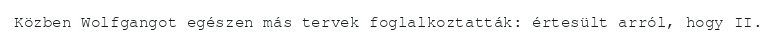
Közben Wolfgangot egészen más tervek foglalkoztatták: értesült arról, hogy II.